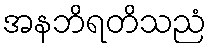
အနဘိရတိသညံ